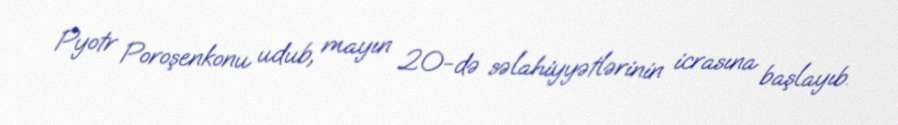
Pyotr Poroşenkonu udub, mayın 20-də səlahiyyətlərinin icrasına başlayıb.